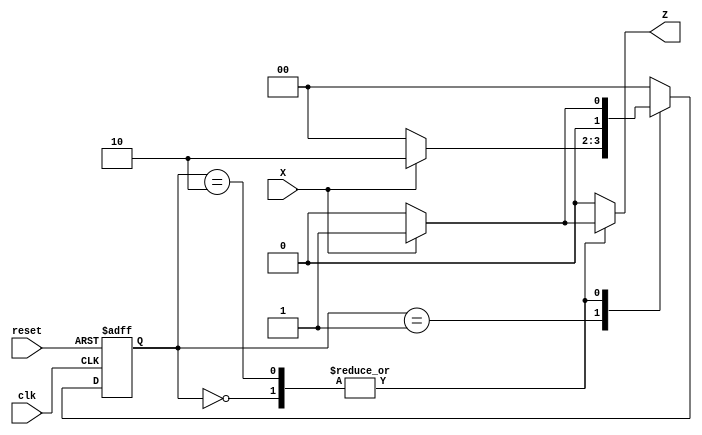
module MealyFSM (
    input wire clk,        // Clock input
    input wire reset,      // Asynchronous reset
    input wire X,         // Input signal
    output reg Z          // Output signal
);

// State encoding
parameter S0 = 2'b00, S1 = 2'b01, S2 = 2'b10;
reg [1:0] current_state, next_state;

// State transition logic
always @(*) begin
    case (current_state)
        S0: begin
            if (X) begin
                next_state = S1;  // Transition from S0 to S1
                Z = 1;            // Output Z = 1 when moving to S1
            end else begin
                next_state = S0;  // Stay in S0
                Z = 0;            // Output Z = 0
            end
        end

        S1: begin
            if (X) begin
                next_state = S2;  // Transition from S1 to S2
                Z = 0;            // Output Z = 0 when moving to S2
            end else begin
                next_state = S0;  // Transition from S1 to S0
                Z = 0;            // Output Z = 0
            end
        end

        S2: begin
            if (X) begin
                next_state = S1;  // Transition from S2 to S1
                Z = 1;            // Output Z = 1 when moving to S1
            end else begin
                next_state = S0;  // Transition from S2 to S0
                Z = 0;            // Output Z = 0
            end
        end
        
        default: begin
            next_state = S0;    // Default to S0
            Z = 0;              // Default output
        end
    endcase
end

// State register with clock and reset
always @(posedge clk or posedge reset) begin
    if (reset) begin
        current_state <= S0;  // Reset to initial state S0
    end else begin
        current_state <= next_state;  // Update current state
    end
end

endmodule